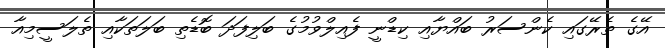
އޭގެ ތެރޭގައި ކެންސަރު ބައްޔާއި ކިޑްނީ ފެއިލްވުމުގެ ބަލިފަދަ ބޮޑެތި ބަލަތަކާއި ތެލަސީމިއާ